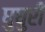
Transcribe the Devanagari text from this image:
घुघुरी